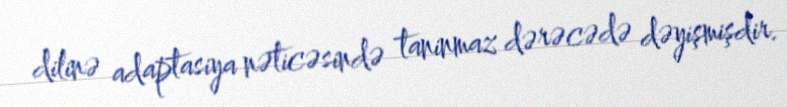
dilinə adaptasiya nəticəsində taninmaz dərəcədə dəyişmişdir.